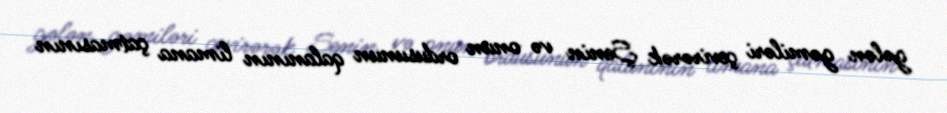
gələn gəmiləri çevirərək Şenin və onun ordusunun qalanının limana çatmasının